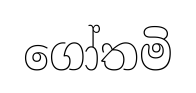
ගෝතමි